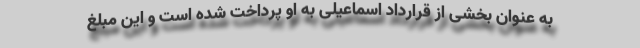
به عنوان بخشی از قرارداد اسماعیلی به او پرداخت شده است و این مبلغ